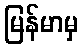
မြန်မာမှ